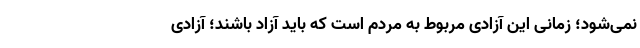
نمی‌شود؛ زمانی این آزادی مربوط به مردم است که باید آزاد باشند؛ آزادی